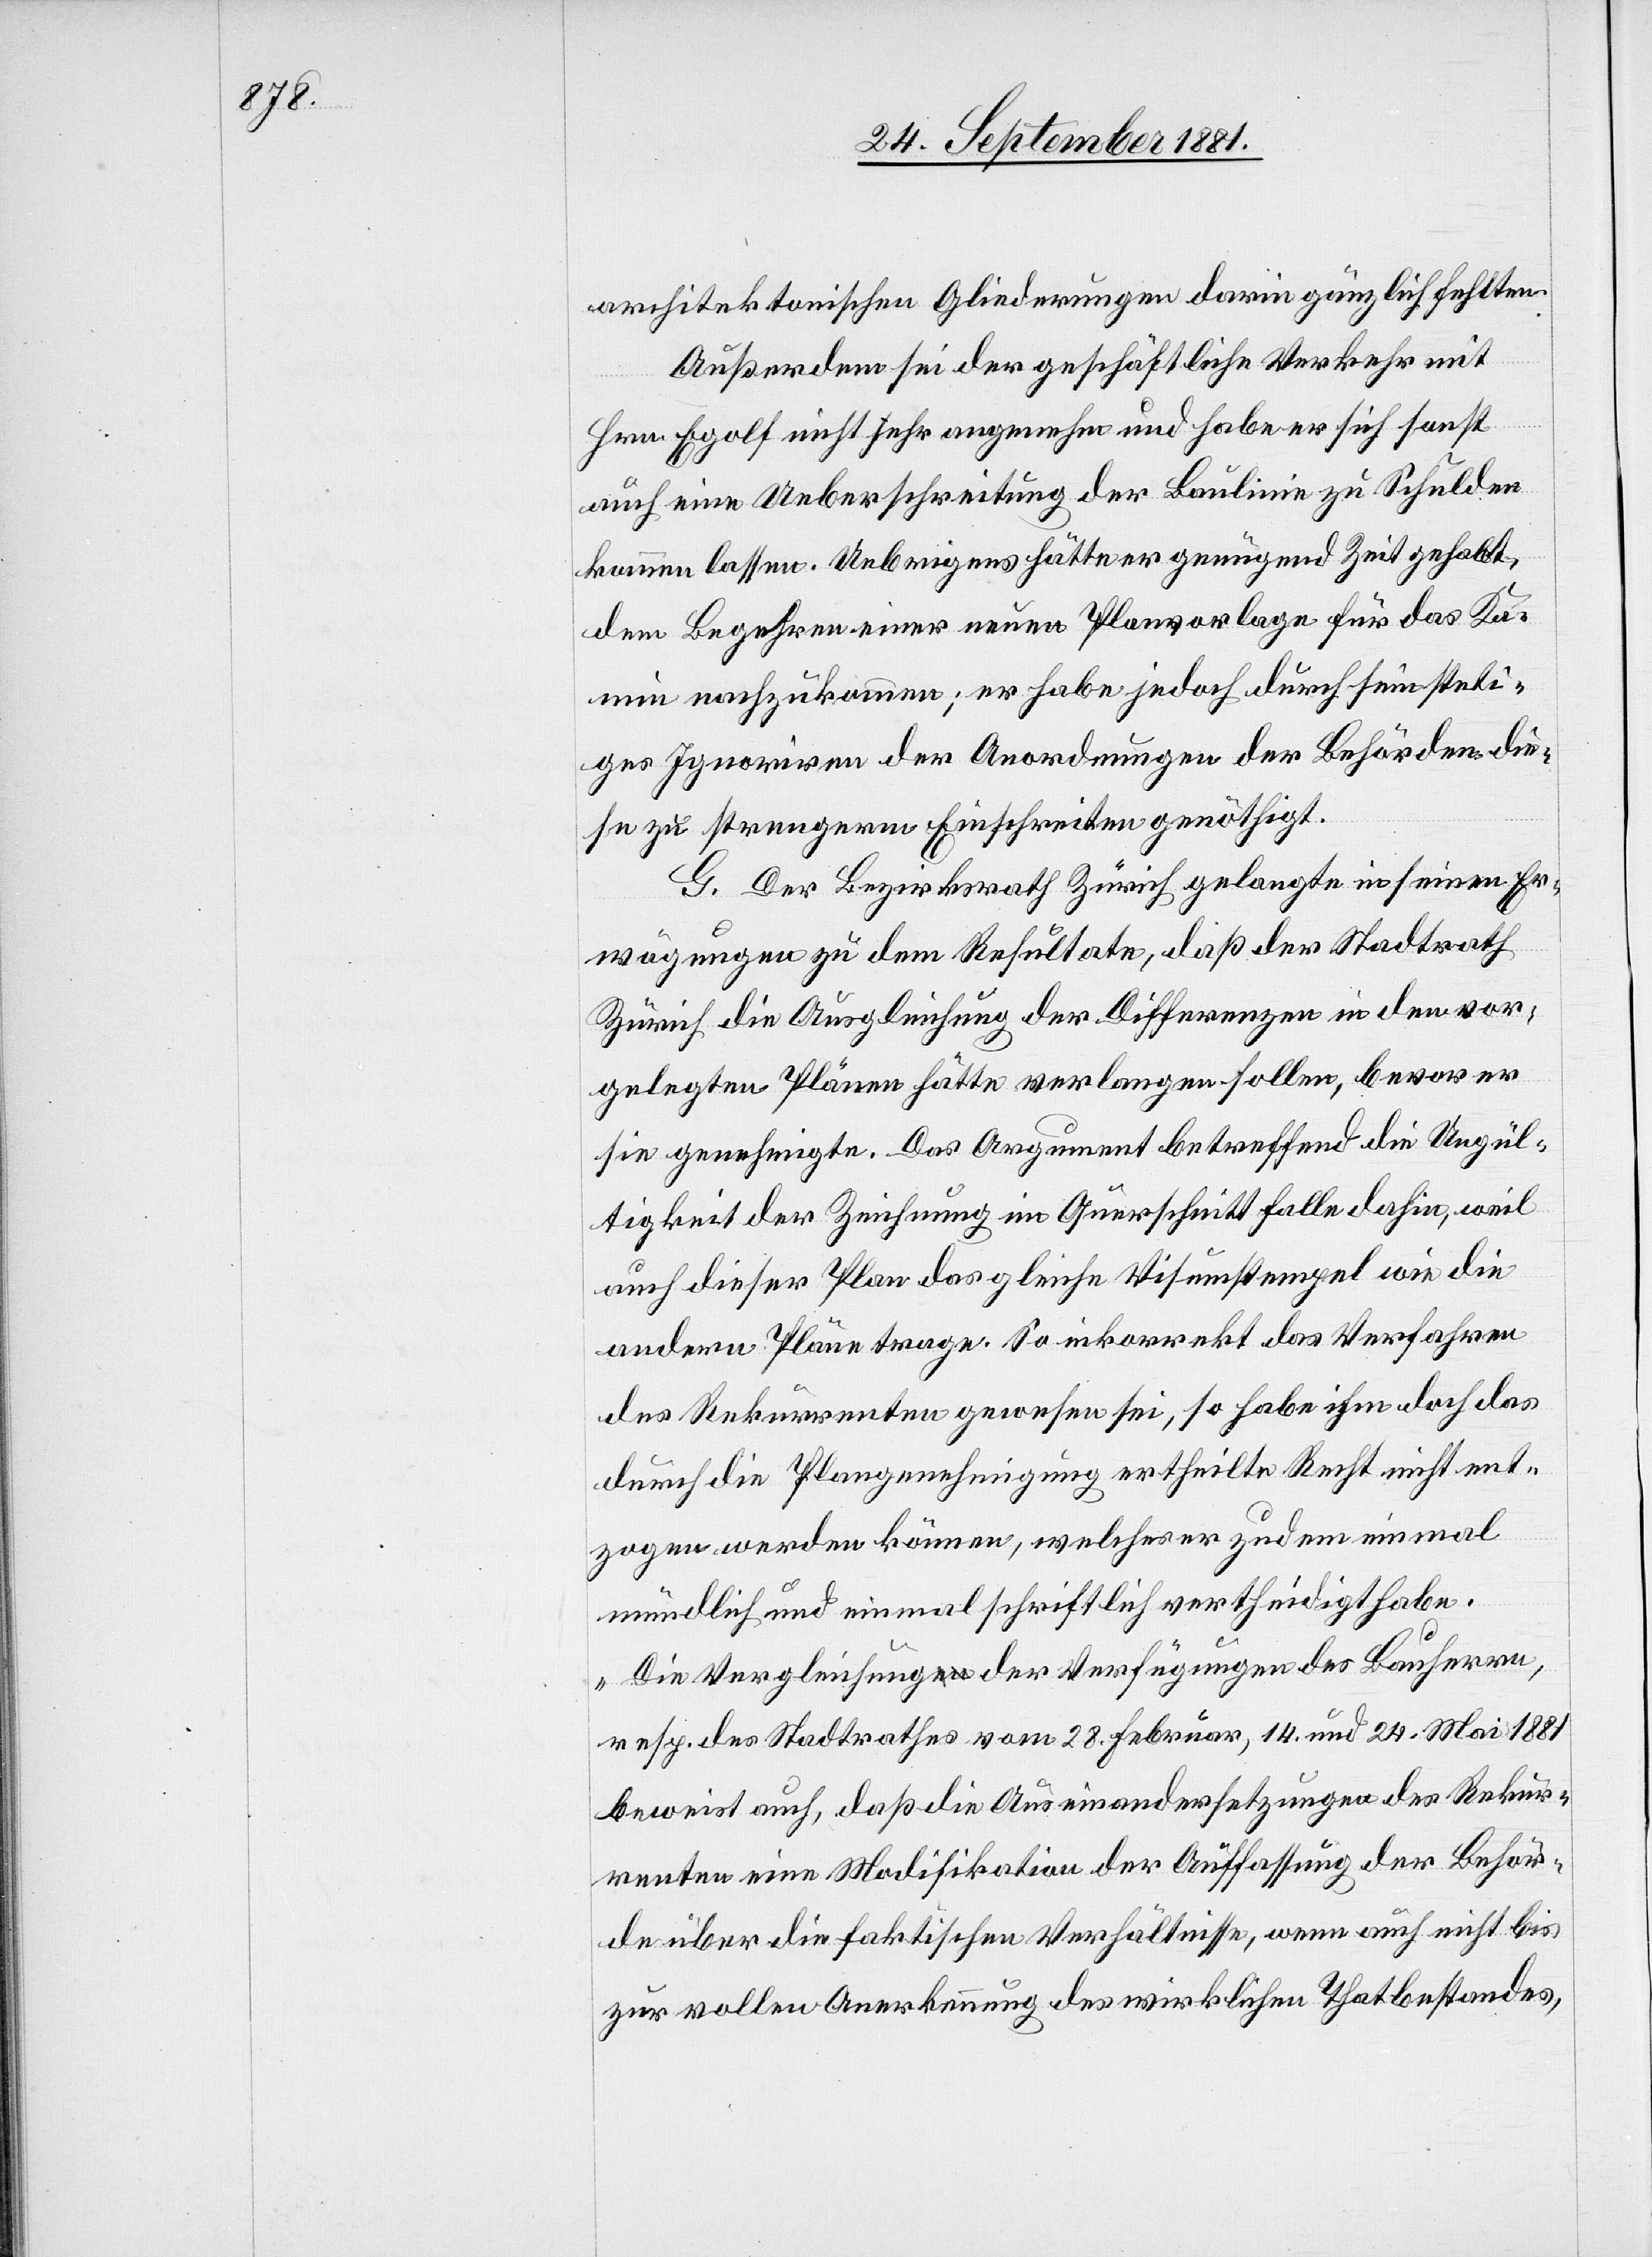
architektonischen Gliederungen darin gänzlich fehlten.
Außerdem sei der geschäftliche Verkehr mit
Hrn. Egolf nicht sehr angenehm und habe er sich sonst
auch eine Ueberschreitung der Baulinie zu Schulden
kommen lassen. Uebrigens hätte er genügend Zeit gehabt,
dem Begehren einer neuen Planvorlage für das Ka¬
min nachzukommen; er habe jedoch durch sein steti¬
ges Ignoriren der Anordnungen der Behörden die¬
se zu strengerm Einschreiten genöthigt.
G. Der Bezirksrath Zürich gelangte in seinen Er¬
wägungen zu dem Resultate, daß der Stadtrath
Zürich die Ausgleichung der Differenzen in den vor¬
gelegten Plänen hätte verlangen sollen, bevor er
sie genehmigte. Das Argument betreffend die Ungül¬
tigkeit der Zeichnung im Querschnitt falle dahin, weil
auch dieser Plan das gleiche Visumstempel wie die
andern Pläne trage. So inkorrekt das Verfahren
des Rekurrenten gewesen sei, so habe ihm doch das
durch die Plangenehmigung ertheilte Recht nicht ent¬
zogen werden können, welches er zudem einmal
mündlich und einmal schriftlich vertheidigt habe.
„Die Vergleichung der Verfügungen des Bauherren,
resp. des Stadtrathes vom 28. Februar, 14. und 24. Mai 1881
beweist auch, daß die Auseinandersetzungen des Rekur¬
renten eine Modifikation der Auffassung der Behör¬
de über die faktischen Verhältnisse, wenn auch nicht bis
zur vollen Anerkennung des wirklichen Thatbestandes,